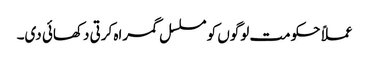
عملاً حکومت لوگوں کو مسلسل گمراہ کرتی دکھائی دی۔